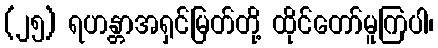
(၂၅) ရဟန္တာအရှင်မြတ်တို့ ထိုင်တော်မူကြပါ၊